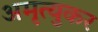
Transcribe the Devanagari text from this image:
अमृत्युकर